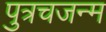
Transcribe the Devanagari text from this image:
पुत्रचजन्म